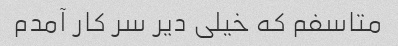
متاسفم که خیلی دیر سر کار آمدم